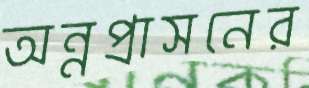
অন্নপ্রাসনের